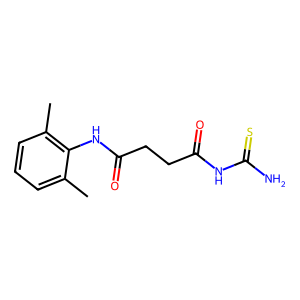
SMILES: Cc1cccc(C)c1NC(=O)CCC(=O)NC(N)=S
Inhibits HIV replication: No